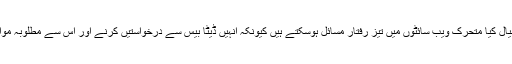
ہم نے اوپر کیسے تبادلہ خیال کیا متحرک ویب سائٹوں میں تیز رفتار مسائل ہوسکتے ہیں کیونکہ انہیں ڈیٹا بیس سے درخواستیں کرنے اور اس سے مطلوبہ مواد لانے کی ضرورت ہے۔